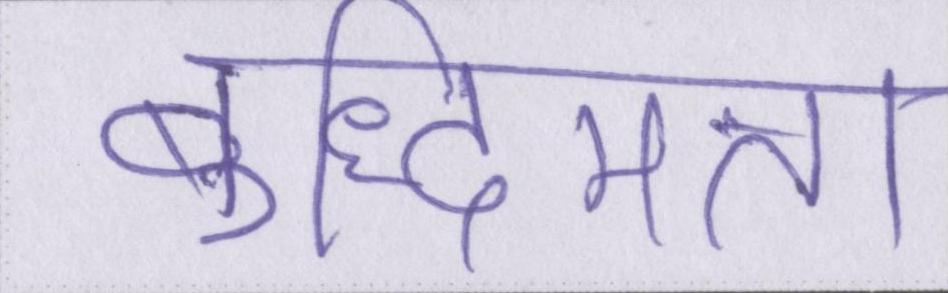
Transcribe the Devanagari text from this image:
बुद्धिमत्ता